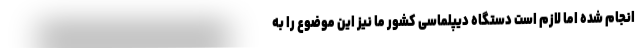
انجام شده اما لازم است دستگاه دیپلماسی کشور ما نیز این موضوع را به